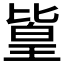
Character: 𪟫